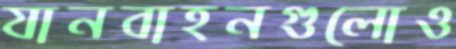
যানবাহনগুলোও